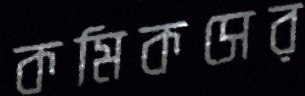
কমিকসের